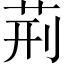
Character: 荊